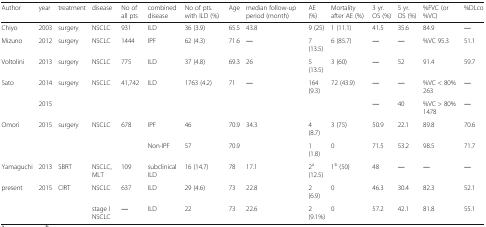
<table><thead><tr><td><b>Author</b></td><td><b>year</b></td><td><b>treatment</b></td><td><b>disease</b></td><td><b>No of all pts</b></td><td><b>combined disease</b></td><td><b>No of pts. with ILD (%)</b></td><td><b>Age</b></td><td><b>median follow-up period (month)</b></td><td><b>AE (%)</b></td><td><b>Mortality after AE (%)</b></td><td><b>3 yr. OS (%)</b></td><td><b>5 yr. OS (%)</b></td><td><b>%FVC (or %VC)</b></td><td><b>%DLco</b></td></tr></thead><tbody><tr><td>Chiyo</td><td>2003</td><td>surgery</td><td>NSCLC</td><td>931</td><td>ILD</td><td>36 (3.9)</td><td>65.5</td><td>43.8</td><td>9 (25)</td><td>1 (11.1)</td><td>41.5</td><td>35.6</td><td>84.9</td><td>―</td></tr><tr><td>Mizuno</td><td>2012</td><td>surgery</td><td>NSCLC</td><td>1444</td><td>IPF</td><td>62 (4.3)</td><td>71.6</td><td>―</td><td>7 (13.5)</td><td>6 (85.7)</td><td>―</td><td>―</td><td>%VC 95.3</td><td>51.1</td></tr><tr><td>Voltolini</td><td>2013</td><td>surgery</td><td>NSCLC</td><td>775</td><td>ILD</td><td>37 (4.8)</td><td>69.3</td><td>26</td><td>5 (13.5)</td><td>3 (60)</td><td>―</td><td>52</td><td>91.4</td><td>59.7</td></tr><tr><td rowspan="2">Sato</td><td>2014</td><td rowspan="2">surgery</td><td rowspan="2">NSCLC</td><td rowspan="2">41,742</td><td rowspan="2">ILD</td><td rowspan="2">1763 (4.2)</td><td rowspan="2">71</td><td rowspan="2">―</td><td rowspan="2">164 (9.3)</td><td rowspan="2">72 (43.9)</td><td>―</td><td>―</td><td>%VC &lt; 80% 263</td><td>―</td></tr><tr><td>2015</td><td>―</td><td>40</td><td>%VC &gt; 80% 1478</td><td>―</td></tr><tr><td rowspan="2">Omori</td><td rowspan="2">2015</td><td rowspan="2">surgery</td><td rowspan="2">NSCLC</td><td rowspan="2">678</td><td>IPF</td><td>46</td><td>70.9</td><td rowspan="2">34.3</td><td>4 (8.7)</td><td>3 (75)</td><td>50.9</td><td>22.1</td><td>89.8</td><td>70.6</td></tr><tr><td>Non-IPF</td><td>57</td><td>70.9</td><td>1 (1.8)</td><td>0</td><td>71.5</td><td>53.2</td><td>98.5</td><td>71.7</td></tr><tr><td>Yamaguchi</td><td>2013</td><td>SBRT</td><td>NSCLC, MLT</td><td>109</td><td>subclinical ILD</td><td>16 (14.7)</td><td>78</td><td>17.1</td><td>2<sup>a</sup> (12.5)</td><td>1<sup>b</sup> (50)</td><td>48</td><td>―</td><td>―</td><td>―</td></tr><tr><td rowspan="2">present</td><td rowspan="2">2015</td><td rowspan="2">CIRT</td><td>NSCLC</td><td>637</td><td>ILD</td><td>29 (4.6)</td><td>73</td><td>22.8</td><td>2 (6.9)</td><td>0</td><td>46.3</td><td>30.4</td><td>82.3</td><td>52.1</td></tr><tr><td>stage I NSCLC</td><td>―</td><td>ILD</td><td>22</td><td>73</td><td>22.6</td><td>2 (9.1%)</td><td>0</td><td>57.2</td><td>42.1</td><td>81.8</td><td>55.1</td></tr></tbody></table>